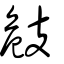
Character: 㩻